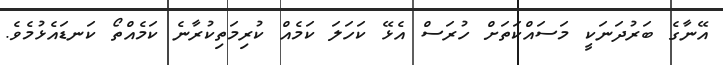
އޭނާގެ ބަރުދަނަކީ މަސައްކަތަށް ހުރަސް އެޅޭ ކަހަލަ ކަމެއް ކުރިމަތިކުރާނެ ކަމެއްތޯ ކަނޑައެޅުމެވެ.